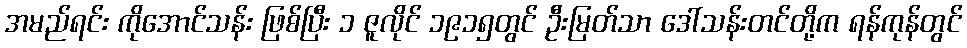
အမည်ရင်း ကိုအောင်သန်း ဖြစ်ပြီး ၁ ဇူလိုင် ၁၉၁၅တွင် ဦးမြတ်သာ ဒေါ်သန်းတင်တို့က ရန်ကုန်တွင်